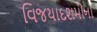
વિજયાદશમીના